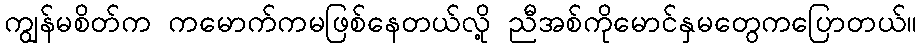
ကျွန်မစိတ်က ကမောက်ကမဖြစ်နေတယ်လို့ ညီအစ်ကိုမောင်နှမတွေကပြောတယ်။